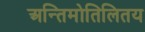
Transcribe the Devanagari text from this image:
अन्तिमोतिलितय